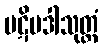
ပဋိပဒါသုတ္တံ